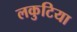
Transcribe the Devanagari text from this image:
लकुटिया